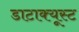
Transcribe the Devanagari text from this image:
डाटाक्यूस्ट